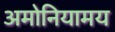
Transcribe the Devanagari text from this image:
अमोनियामय